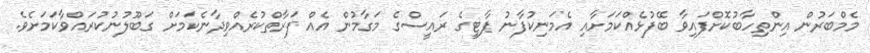
މެމްބަރުން އިންތިހާބުކޮށްފައިވާ ބޭފުޅެއްކަމަށާއި އެމަނިކުފާނު ޕާޓީގެ ރައީސްގެ މަގާމުން އެއް ފަރާތްކުރެއްވިދާނެކަމަށް ގަބޫލުނުކުރައްވާކަމަށެވެ.